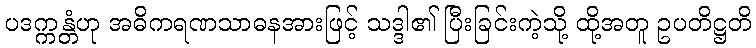
ပဒက္ကန္တံဟု အဓိကရဏသာဓနအားဖြင့် သဒ္ဒါ၏ ပြီးခြင်းကဲ့သို့ ထို့အတူ ဥပတိဋ္ဌတိ